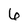
Character: 6